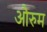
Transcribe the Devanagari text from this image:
औरुम